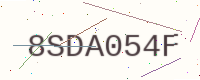
Text: 8SDA054F